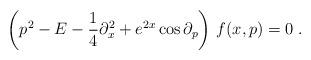
LaTeX: \begin{align*}\left( p^{2}-E-{\frac{1}{4}}\partial _{x}^{2}+e^{2x}\cos \partial_{p}\right) \,f(x,p)=0\;.\end{align*}